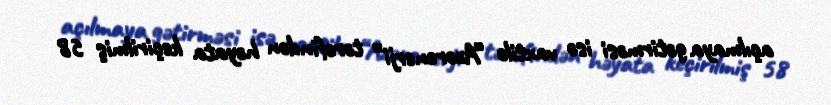
açılmaya gətirməsi isə vaxtilə “Azərenerji” tərəfindən həyata keçirilmiş 58